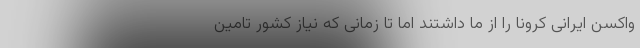
واکسن ایرانی کرونا را از ما داشتند اما تا زمانی که نیاز کشور تامین